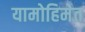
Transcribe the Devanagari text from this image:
यामोहिमेत